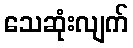
သေဆုံးလျက်